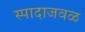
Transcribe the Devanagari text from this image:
स्पादाजवळ